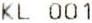
KL 001